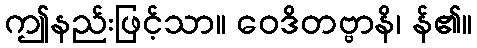
ဤနည်းဖြင့်သာ။ ဝေဒိတဗ္ဗာနိ၊ န်၏။